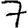
Digit: 7